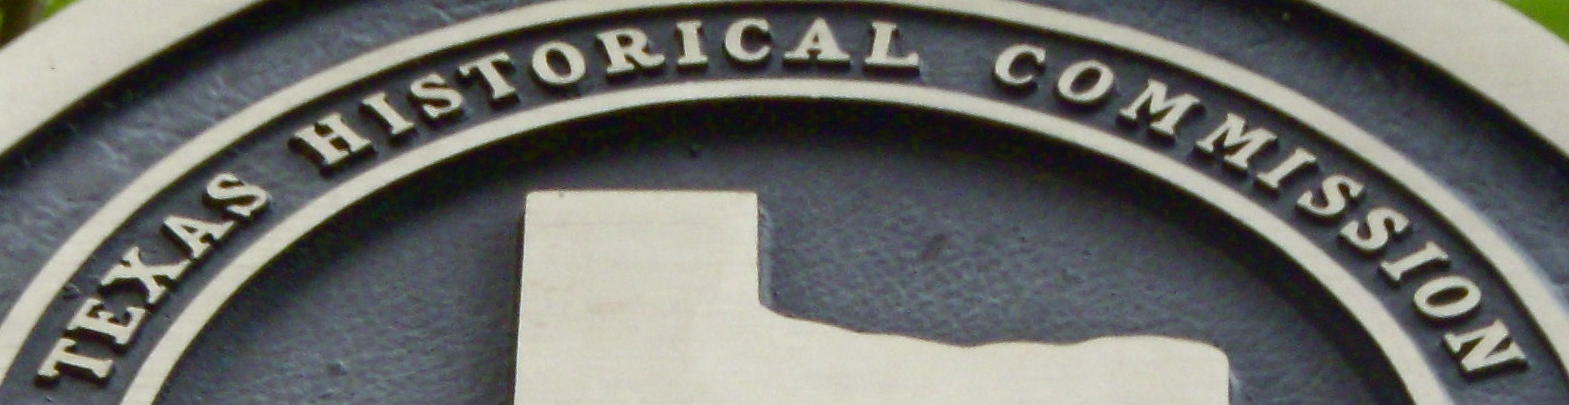
TEXAS HISTORICAL COMMISSION